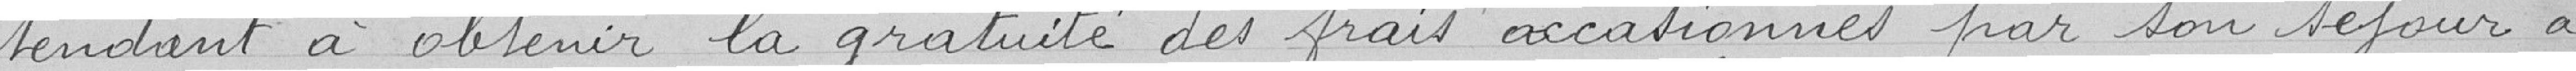
tendant à obtenir la gratuité des frais occasionnés par son séjour à